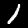
Digit: 1